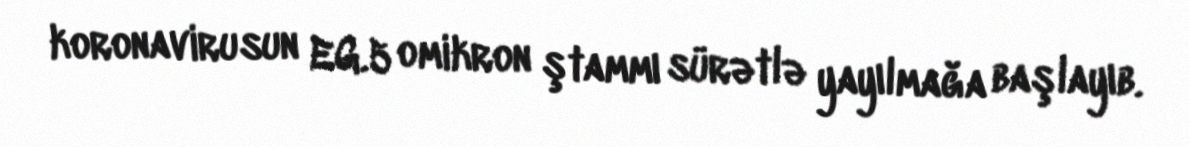
koronavirusun EG.5 omikron ştammı sürətlə yayılmağa başlayıb.